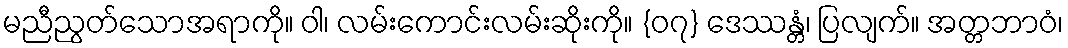
မညီညွတ်သောအရာကို။ ဝါ၊ လမ်းကောင်းလမ်းဆိုးကို။ {၀၇} ဒေဿန္တံ၊ ပြလျက်။ အတ္တဘာဝံ၊